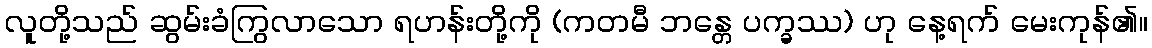
လူတို့သည် ဆွမ်းခံကြွလာသော ရဟန်းတို့ကို (ကတမီ ဘန္တေ ပက္ခဿ) ဟု နေ့ရက် မေးကုန်၏။